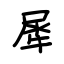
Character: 犀